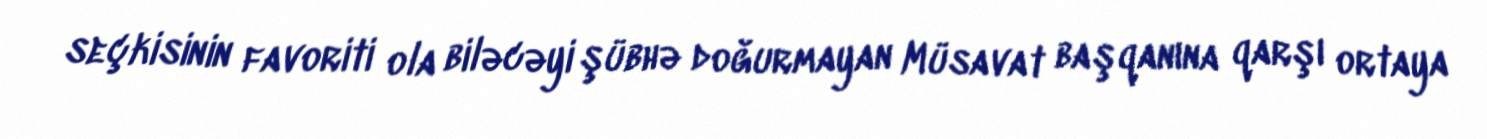
seçkisinin favoriti ola biləcəyi şübhə doğurmayan Müsavat başqanına qarşı ortaya